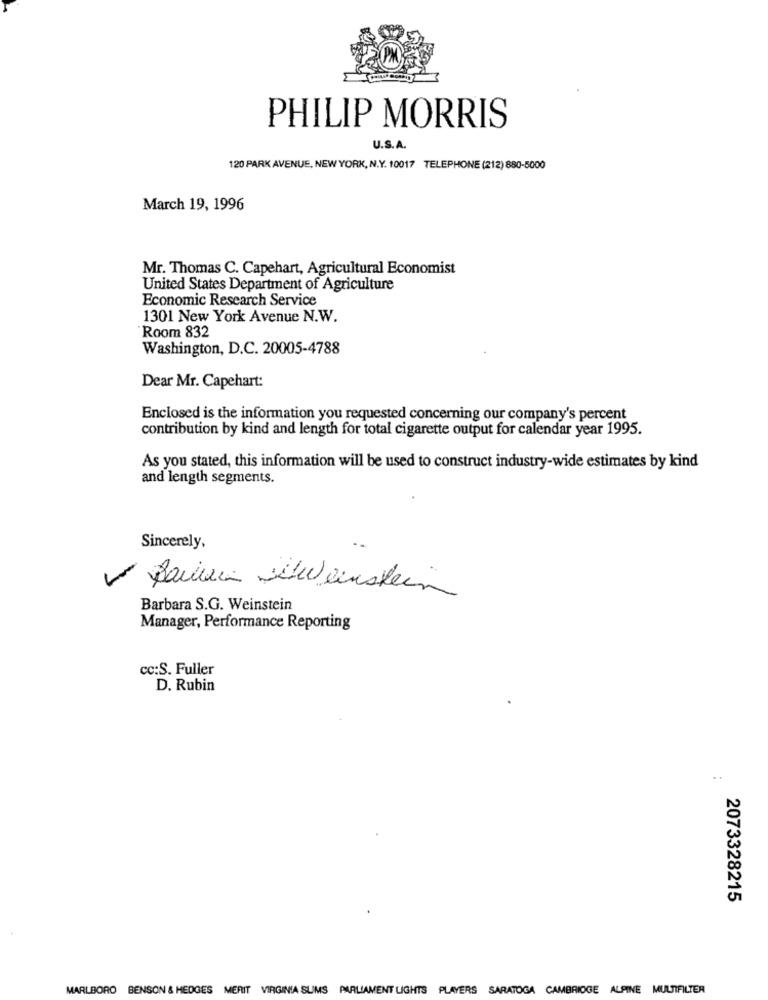
PHILIP MORRIS
U.S.A.
120 PARK AVENUE, NEW YORK, N.Y. 10017 TELEPHONE (212) 880-5000
March 19, 1996
Mr. Thomas C. Capehart, Agricultural Economist
United States Department of Agriculture
Economic Research Service
1301 New York Avenue N.W.
Room 832
Washington, D.C. 20005-4788
Dear Mr. Capehart:
Enclosed is the information you requested concerning our company's percent
contribution by kind and length for total cigarette output for calendar year 1995.
As you stated, this information will be used to construct industry-wide estimates by kind
and length segments.
Sincerely,
Baile Ltweinstein
Barbara S.G. Weinstein
Manager, Performance Reporting
cc:S. Fuller
D. Rubin
. .
2073328215
MARLBORO BENSON & HEDGES MERIT VIRGINIA SLIMS PARLIAMENT LIGHTS PLAYERS SARATOGA CAMBRIDGE ALPINE MULTIFILTER